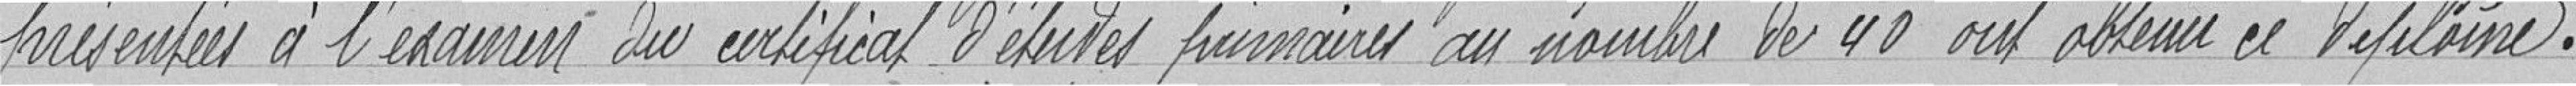
présentées à l'examen du certificat d'études primaires au nombre de 40 ont obtenu ce diplôme.